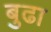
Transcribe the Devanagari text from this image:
बुढा